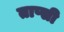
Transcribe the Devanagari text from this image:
ताप्सी